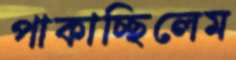
পাকাচ্ছিলেম